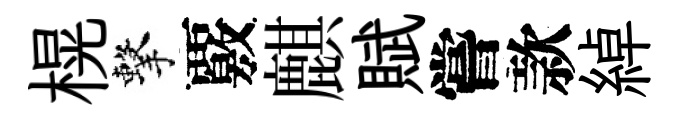
榥擊覈麒賦嘗款綽